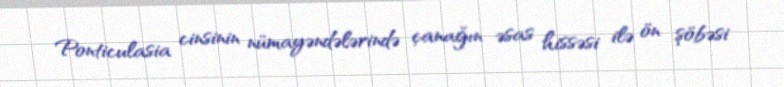
Ponticulasia cinsinin nümayəndələrində çanağın əsas hissəsi ilə ön şöbəsi